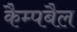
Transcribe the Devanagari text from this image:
कैम्पबैल